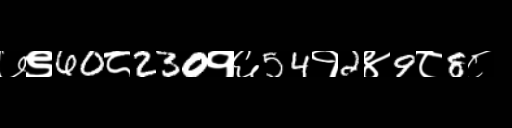
Text: ७९60८230१६54१2४9८8८